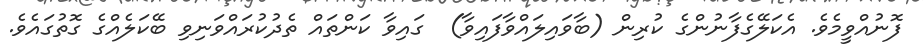
ފޮނުއްވީމެވެ. އެކަލޭގެފާނުންގެ ކުރިން (ބާވައިލައްވާފައިވާ)  ގައިވާ ކަންތައް ތެދުކުރައްވަނިވި ބޭކަލެއްގެ ގޮތުގައެވެ.